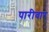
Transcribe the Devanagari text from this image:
पारीवार